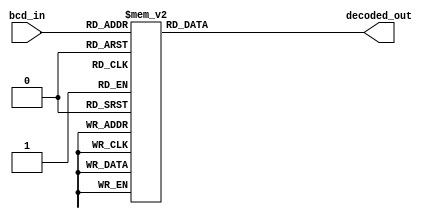
module bcd_decoder(
    input [3:0] bcd_in,
    output reg [6:0] decoded_out
);

always @(*)
begin
    case(bcd_in)
        4'b0000: decoded_out = 7'b0000001; // 0
        4'b0001: decoded_out = 7'b1001111; // 1
        4'b0010: decoded_out = 7'b0010010; // 2
        4'b0011: decoded_out = 7'b0000110; // 3
        4'b0100: decoded_out = 7'b1001100; // 4
        4'b0101: decoded_out = 7'b0100100; // 5
        4'b0110: decoded_out = 7'b0100000; // 6
        4'b0111: decoded_out = 7'b0001111; // 7
        4'b1000: decoded_out = 7'b0000000; // 8
        4'b1001: decoded_out = 7'b0000100; // 9
        default: decoded_out = 7'b1111111; // No active segments if input is invalid
    endcase
end

endmodule